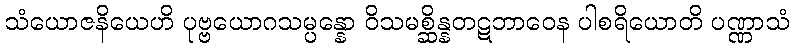
သံယောဇနိယေဟိ ပုဗ္ဗယောဂသမ္ပန္နော ဝိသမစ္ဆိန္နတဋဘာဝေန ပါစရိယောတိ ပဏ္ဏာသံ